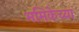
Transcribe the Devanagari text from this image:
भमिकेच्या